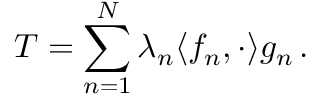
T = \sum _ { n = 1 } ^ { N } \lambda _ { n } \langle f _ { n } , \cdot \rangle g _ { n } \, .